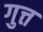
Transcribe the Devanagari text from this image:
गुत्त